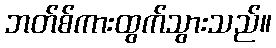
ဘတ်စ်ကားထွက်သွားသည်။